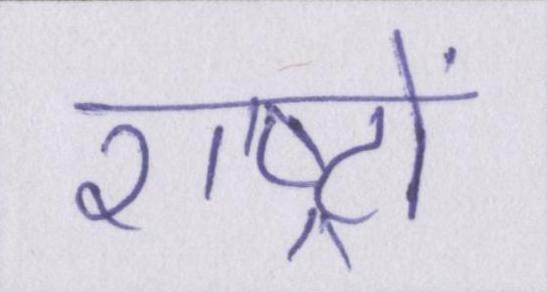
राष्ट्रों